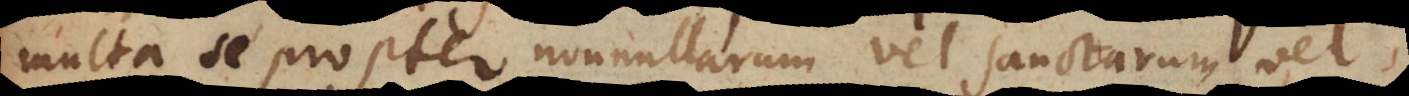
multa se propter nonnullarum vel sanctarum vel